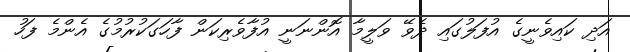
އަދި ކައިވެނީގެ އުފަލުގައި ދެވޭ ވަލީމާ އޮންނަނީ އުފާވެރިކަން ފާހަގަކުރުމުގެ އެންމެ ފަހު